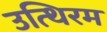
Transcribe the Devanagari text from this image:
उत्थिरम